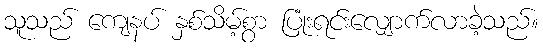
သူသည် ကျေနပ် နှစ်သိမ့်စွာ ပြုံးရင်းလျှောက်လာခဲ့သည်။